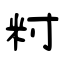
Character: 籿